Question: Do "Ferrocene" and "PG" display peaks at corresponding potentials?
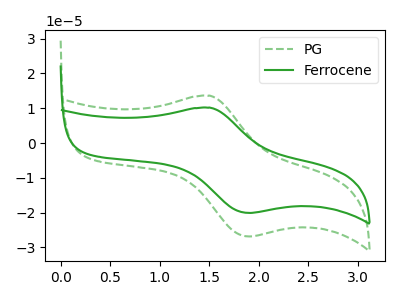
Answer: <think>The green dashed curve "PG" has an anodic peak at (1.50V, 13.60uA) and a cathodic peak at (1.90V, -26.85uA). The green curve "Ferrocene" has an anodic peak at (1.50V, 10.15uA) and a cathodic peak at (1.90V, -20.05uA).</think>
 <answer>Yes, "Ferrocene" have a peak in "PG" at the same potential.</answer>
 <eval>match</eval>